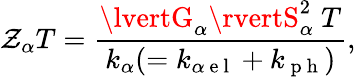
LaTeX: \mathcal{Z}_{\alpha}T=\frac{{\lvertG_{\alpha}\rvertS_{\alpha}^{2}~T}}{{k_{\alpha}(=k_{\alpha\mathrm{{~e~l~}}}+k_{\mathrm{{~p~h~}}})}},